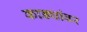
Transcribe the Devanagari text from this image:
काड्यांवर